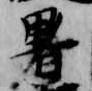
暑